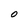
Character: 0